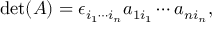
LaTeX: \operatorname* { d e t } ( A ) = \epsilon _ { i _ { 1 } \cdots i _ { n } } { a } _ { 1 i _ { 1 } } \cdots { a } _ { n i _ { n } } ,